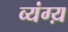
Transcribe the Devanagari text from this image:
व्यंग्य़